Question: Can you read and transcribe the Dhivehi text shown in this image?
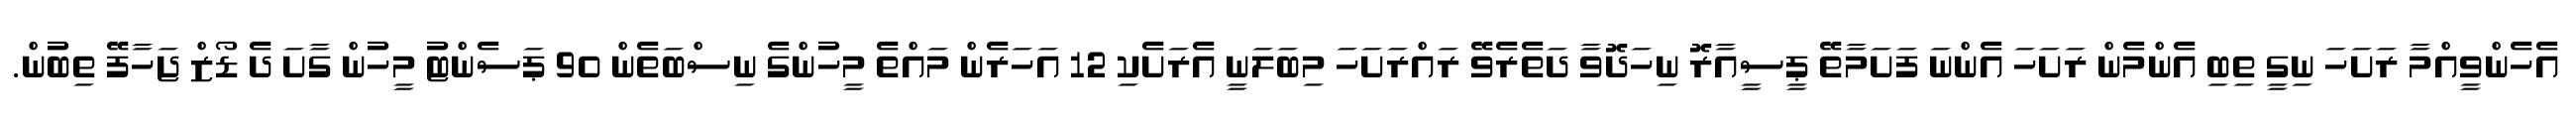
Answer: އެހެންވީއްމާ ރަށަހަ ނިގީ ތިބި އެންމެން ރަށަހަ އެންނަ ފަށަމާތޭ ޕީސީއާރޮ ނިހަދޮވާ ދަތެރެވޭ ރައްރަށަހަ މިބަލަނީ އެރަށެކި 12 އަހަރެން މައްތެ މީހުންގެ ނިސްބަތެން 90 ޕަސެންޓު މީހުން ގާށަ ދެ ޑޯޒް ޖަހާފޭ ތިބުން.